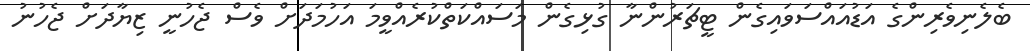
ބެލެނިވެރިންގެ އަޑުއައްސަވައިގެން ޓީޗަރުންނާ ގުޅިގެން މަސައްކަތްކުރެއްވީމަ އަހުމަދަށް ވެސް ޖެހުނީ ޒިޔާދަށް ޖެހުނު